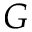
G